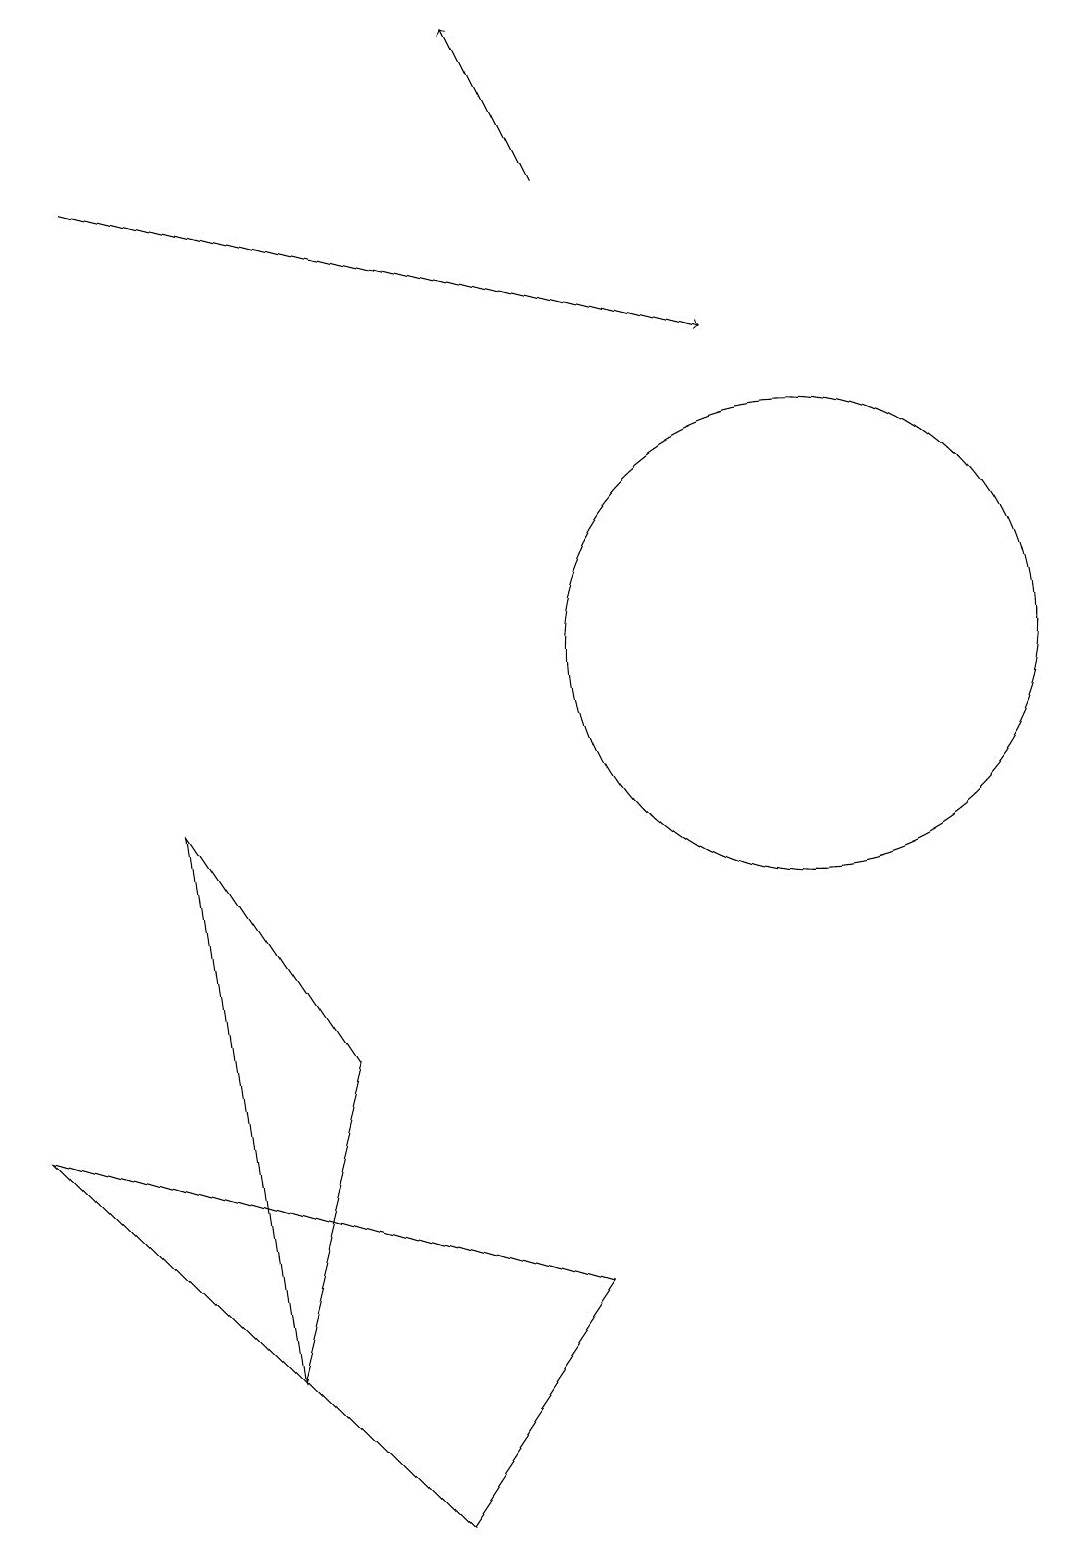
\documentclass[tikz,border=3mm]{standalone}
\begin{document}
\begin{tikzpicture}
\draw (2,9) -- (4,6) -- (3,2) -- cycle;
\draw (5,0) -- (0,5) -- (7,3) -- cycle;
\draw[->] (7,17) -- (6,19);
\draw[->] (1,17) -- (9,15);
\draw (10,11) circle (3);
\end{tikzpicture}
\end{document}